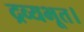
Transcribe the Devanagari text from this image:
द्रव्यभूत।